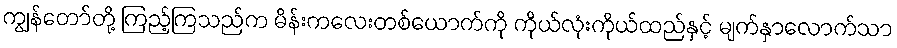
ကျွန်တော်တို့ ကြည့်ကြသည်က မိန်းကလေးတစ်ယောက်ကို ကိုယ်လုံးကိုယ်ထည်နှင့် မျက်နှာလောက်သာ